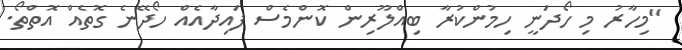
"މިހާރު މި ހޯދަނީ ހިމުންކުރާ ބިއްލޫރިން ކޮންމެސް ފައިދާއެއް ހޯދޭނެ ގޮތެއް އޮތްތޯ.